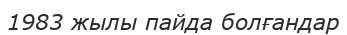
1983 жылы пайда болғандар